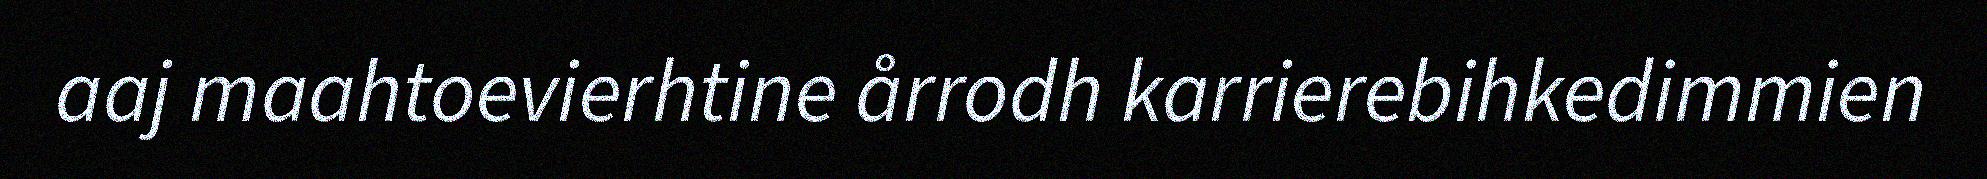
aaj maahtoevierhtine årrodh karrierebihkedimmien